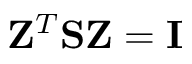
{ \bf Z } ^ { T } { \bf S } { \bf Z } = { \bf I }